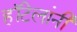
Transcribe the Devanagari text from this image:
हॉटेलांनी